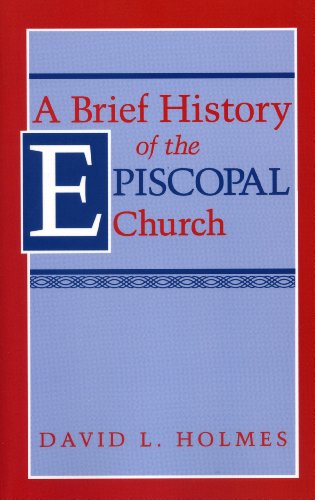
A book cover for A Brief History of the Episcopal Church; David L. Holmes; Christian Books & Bibles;